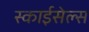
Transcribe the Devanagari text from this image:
स्काईसेल्स